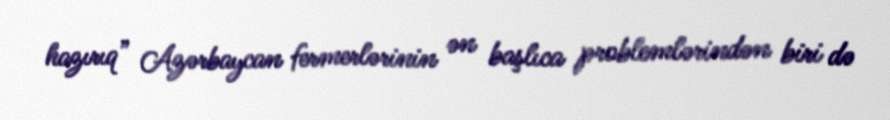
hazırıq” Azərbaycan fermerlərinin ən başlıca problemlərindən biri də